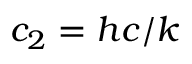
c _ { 2 } = h c / k